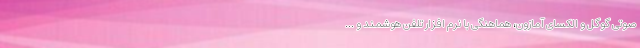
صوتی گوگل و الکسای آمازون، هماهنگی با نرم افزار تلفن هوشمند و ...